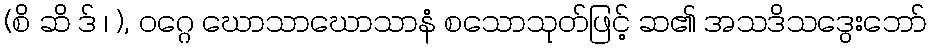
(စိ ဆိ ဒ် ၊ ), ဝဂ္ဂေ ဃောသာဃောသာနံ စသောသုတ်ဖြင့် ဆ၏ အသဒိသဒွေးဘော်